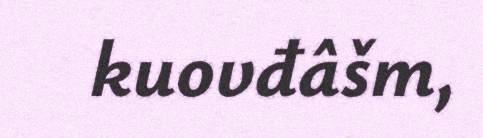
kuovđâšm,